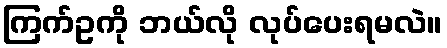
ကြက်ဥကို ဘယ်လို လုပ်ပေးရမလဲ။